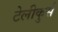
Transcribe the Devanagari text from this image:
टेलीकुर्स